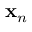
{ \bf x } _ { n }